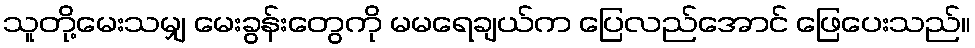
သူတို့မေးသမျှ မေးခွန်းတွေကို မမရေချယ်က ပြေလည်အောင် ဖြေပေးသည်။